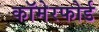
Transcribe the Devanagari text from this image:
कॉमेरफोर्ड